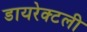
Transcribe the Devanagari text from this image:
डायरेक्टली